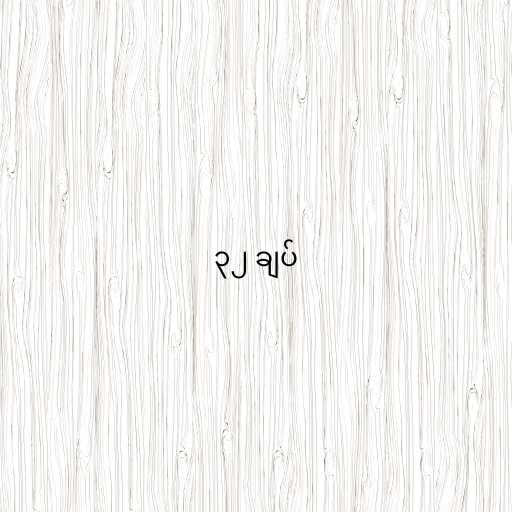
၃၂ ချပ်